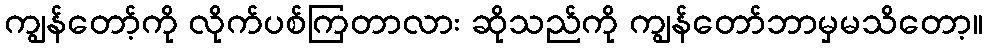
ကျွန်တော့်ကို လိုက်ပစ်ကြတာလား ဆိုသည်ကို ကျွန်တော်ဘာမှမသိတော့။